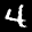
Label: 4